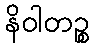
နိဝါတဉ္စ